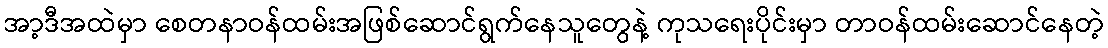
အာ့ဒီအထဲမှာ စေတနာဝန်ထမ်းအဖြစ်ဆောင်ရွက်နေသူတွေနဲ့ ကုသရေးပိုင်းမှာ တာဝန်ထမ်းဆောင်နေတဲ့